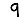
Digit: 9